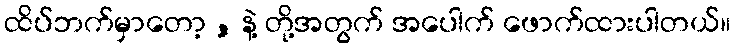
ထိပ်ဘက်မှာတော့ , နဲ့ တို့အတွက် အပေါက် ဖောက်ထားပါတယ်။